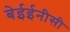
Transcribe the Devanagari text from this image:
बेईईनीसी